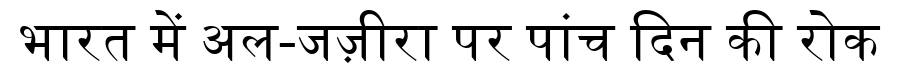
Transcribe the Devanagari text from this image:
भारत में अल-जज़ीरा पर पांच दिन की रोक